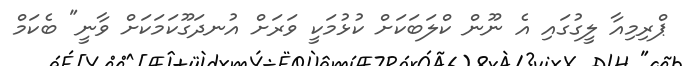
ޕްރިމިއާ ލީގުގައި އެ ނޫން ކްލަބަކަށް ކުޅުމަކީ ވަރަށް އުނދަގޫކަމަކަށް ވާނީ" ބެކަމް